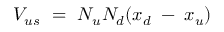
V _ { u s } ~ = ~ N _ { u } N _ { d } ( x _ { d } \; - \; x _ { u } )